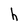
Character: h